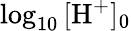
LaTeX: \log_{10}{[\textrm{H}^{+}]_{0}}